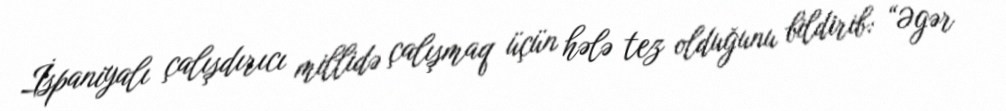
İspaniyalı çalışdırıcı millidə çalışmaq üçün hələ tez olduğunu bildirib: “Əgər